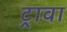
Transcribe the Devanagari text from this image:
ट्रावा